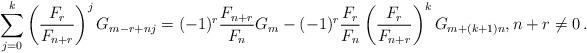
LaTeX: \begin{align*}\sum_{j = 0}^k {\left( {\frac{{F_r }}{{F_{n + r} }}} \right)^j G_{m - r + nj} } = ( - 1)^r \frac{{F_{n + r} }}{{F_n }}G_m - ( - 1)^r \frac{{F_r }}{{F_n }}\left( {\frac{{F_r }}{{F_{n + r} }}} \right)^k G_{m + (k + 1)n},n+r\ne 0\,.\end{align*}